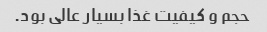
حجم و کیفیت غذا بسیار عالی بود.